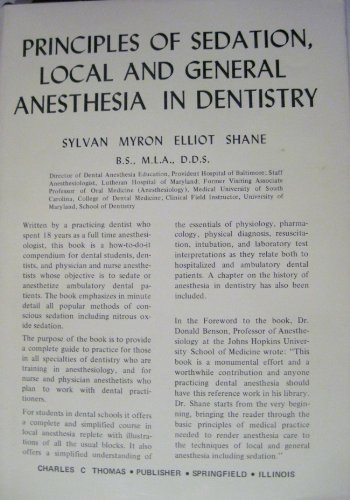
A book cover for Principles of sedation, local, and general anesthesia in dentistry; Sylvan Myron Elliot Shane; Medical Books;